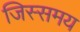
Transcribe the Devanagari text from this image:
जिस्समय